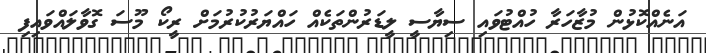
އަނެއްކޮޅުން މުޒާހަރާ ހުއްޓުވައި ސިޔާސީ ލީޑަރުންތަކެއް ހައްޔަރުކުރުމަށް ރީކޯ މޫސަ ގޮވާލައްވައިފި